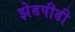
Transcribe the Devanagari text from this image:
झेडपीडी